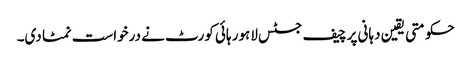
حکومتی یقین دہانی پر چیف جسٹس لاہور ہائی کورٹ نے درخواست نمٹا دی۔